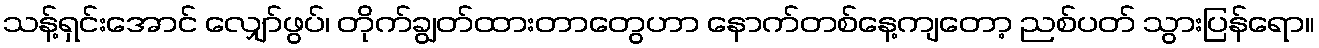
သန့်ရှင်းအောင် လျှော်ဖွပ်၊ တိုက်ချွတ်ထားတာတွေဟာ နောက်တစ်နေ့ကျတော့ ညစ်ပတ် သွားပြန်ရော။